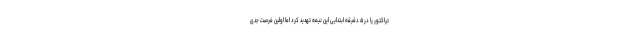
تراکتور را در ۵ دقیقه ابتدایی این نیمه تهدید کرد اما اولین فرصت جدی